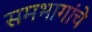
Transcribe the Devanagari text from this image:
समभागांचे